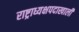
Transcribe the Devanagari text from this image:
राष्ट्राध्यक्षपदाखाली